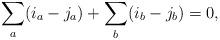
LaTeX: \begin{align*}\sum_{a}(i_a-j_a)+\sum_{b}(i_b-j_b)=0,\end{align*}